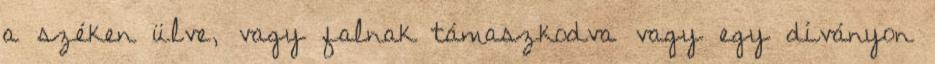
a széken ülve, vagy falnak támaszkodva vagy egy díványon